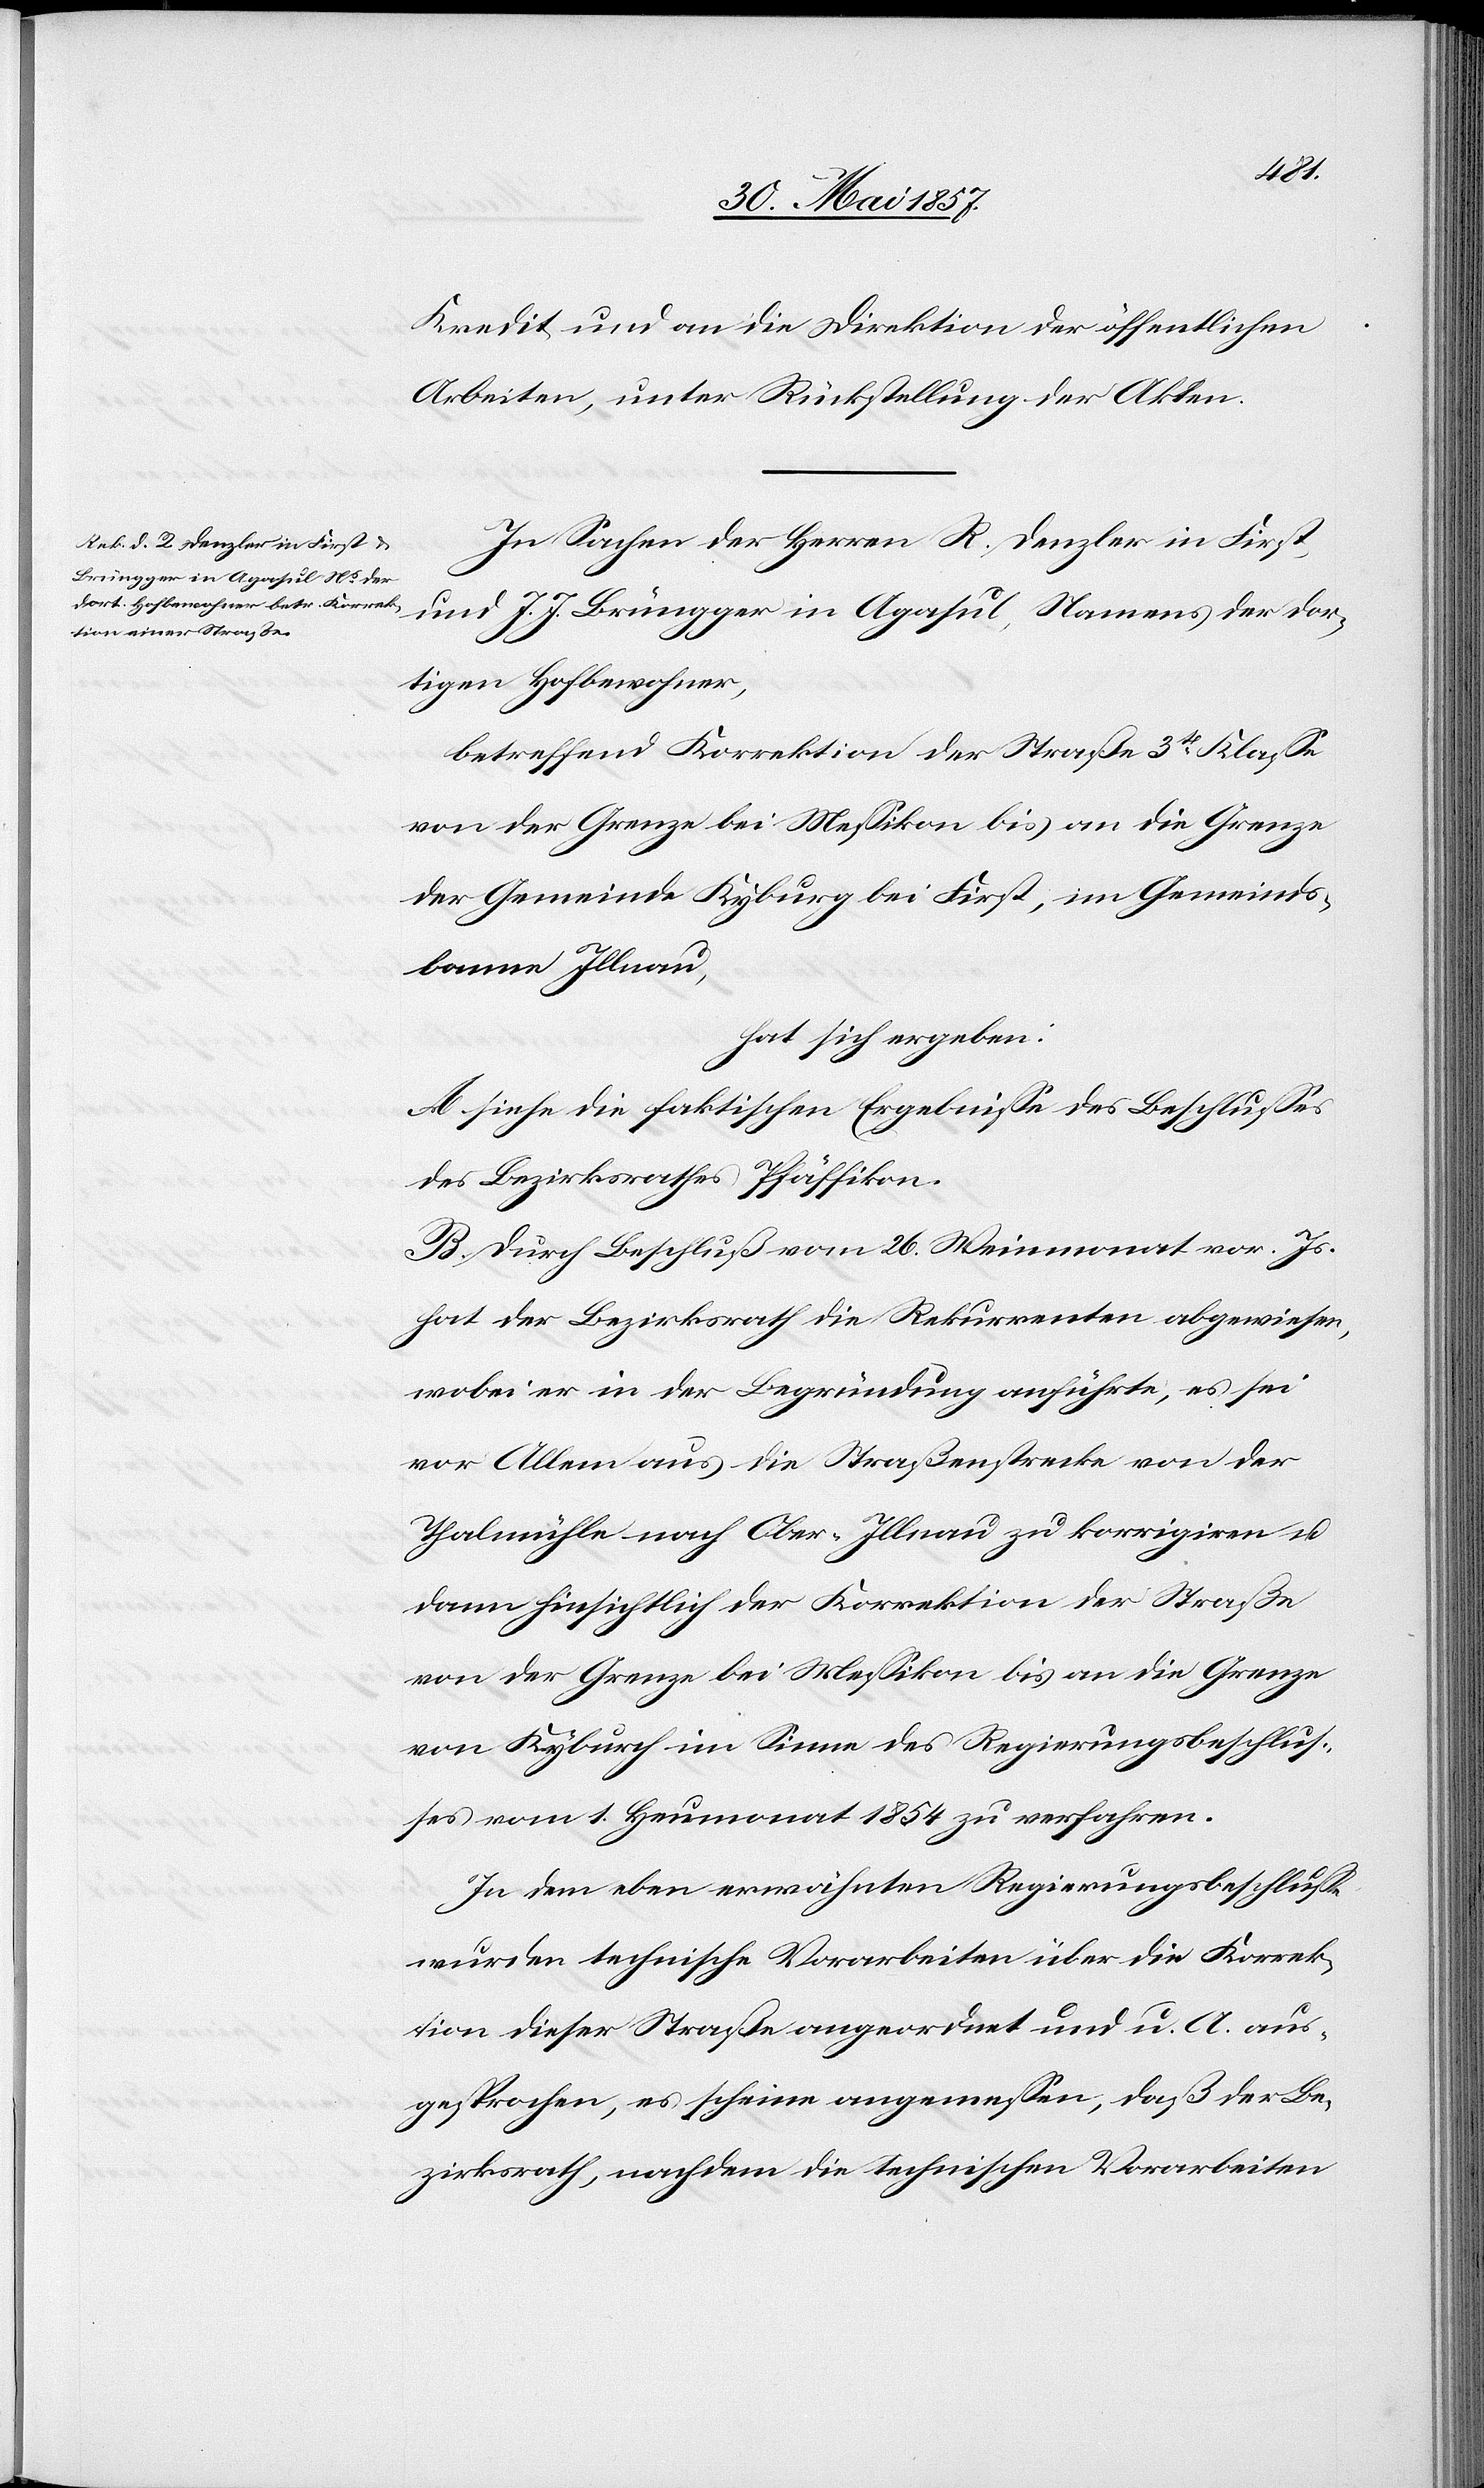
Kredit und an die Direktion der öffentlichen
Arbeiten, unter Rückstellung der Akten.
In Sachen der Herren R. Denzler in First,
und J. J. Brüngger in Agasul, Namens der dor¬
tigen Hofbewohner,
betreffend Korrektion der Straße 3tr Klasse
der Gemeinde Kyburg bei First, im Gemeinds¬
banne Illnau,
hat sich ergeben:
[sic!] die faktischen Ergebnisse des Beschlusses
des Bezirksrathes Pfäffikon.
B. Durch Beschluß vom 26 Weinmonat vor. Js.
hat der Bezirksrath die Rekurrenten abgewiesen,
wobei er in der Begründung anführte, es sei
vor Allem aus die Straßenstrecke von der
Thalmühle nach Ober-Illnau zu korrigiren &
dann hinsichtlich der Korrektion der Straße
von der Grenze bei Messikon bis an die Grenze
von Kyburg im Sinne des Regierungsbeschlus¬
ses vom 1 Heumonat 1854 zu verfahren.
In dem eben erwähnten Regierungsbeschlusse
wurden technische Vorarbeiten über die Korrek¬
tion dieser Straße angeordnet und u. A. aus¬
gesprochen, es scheine angemessen, daß der Be¬
zirksrath, nachdem die technischen Vorarbeiten